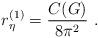
LaTeX: \begin{align*}r_{\eta}^ {(1)} = \frac {C(G)} {8 \pi^2 } \ .\end{align*}